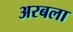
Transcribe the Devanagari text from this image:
अरबला